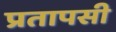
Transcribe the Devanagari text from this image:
प्रतापसी